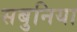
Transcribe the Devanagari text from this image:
सबुनिया